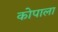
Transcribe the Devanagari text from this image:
कोपाला